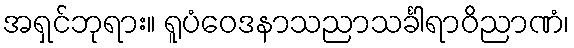
အရှင်ဘုရား။ ရူပံဝေဒနာသညာသင်္ခါရာဝိညာဏံ၊